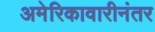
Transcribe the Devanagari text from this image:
अमेरिकावारीनंतर